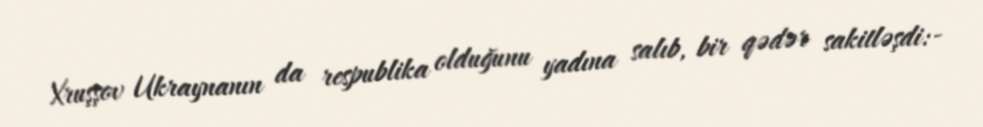
Xruşşov Ukraynanın da respublika olduğunu yadına salıb, bir qədər sakitləşdi:-